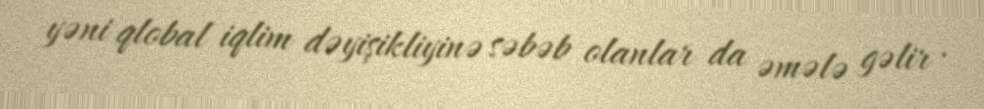
yəni qlobal iqlim dəyişikliyinə səbəb olanlar da əmələ gəlir .